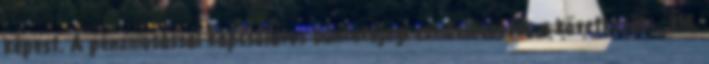
képest. A pénzmosással kapcsolatos büntetőjogi rendelkezések a következők: „318.